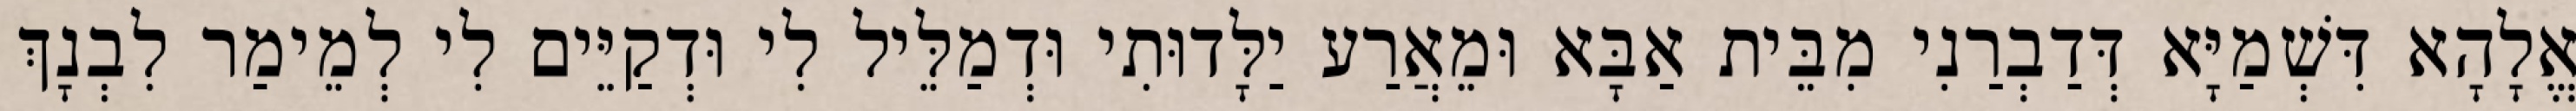
אֱלָהָא דִּשְׁמַיָּא דְּדַבְרַנִי מִבֵּית אַבָּא וּמֵאֲרַע יַלָּדוּתִי וּדְמַלֵּיל לִי וּדְקַיֵּים לִי לְמֵימַר לִבְנָךְ